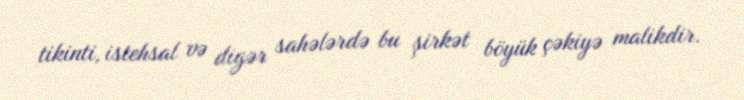
tikinti, istehsal və digər sahələrdə bu şirkət böyük çəkiyə malikdir.